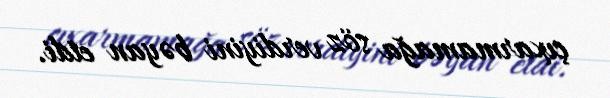
çıxarmamağa söz verdiyini bəyan etdi.